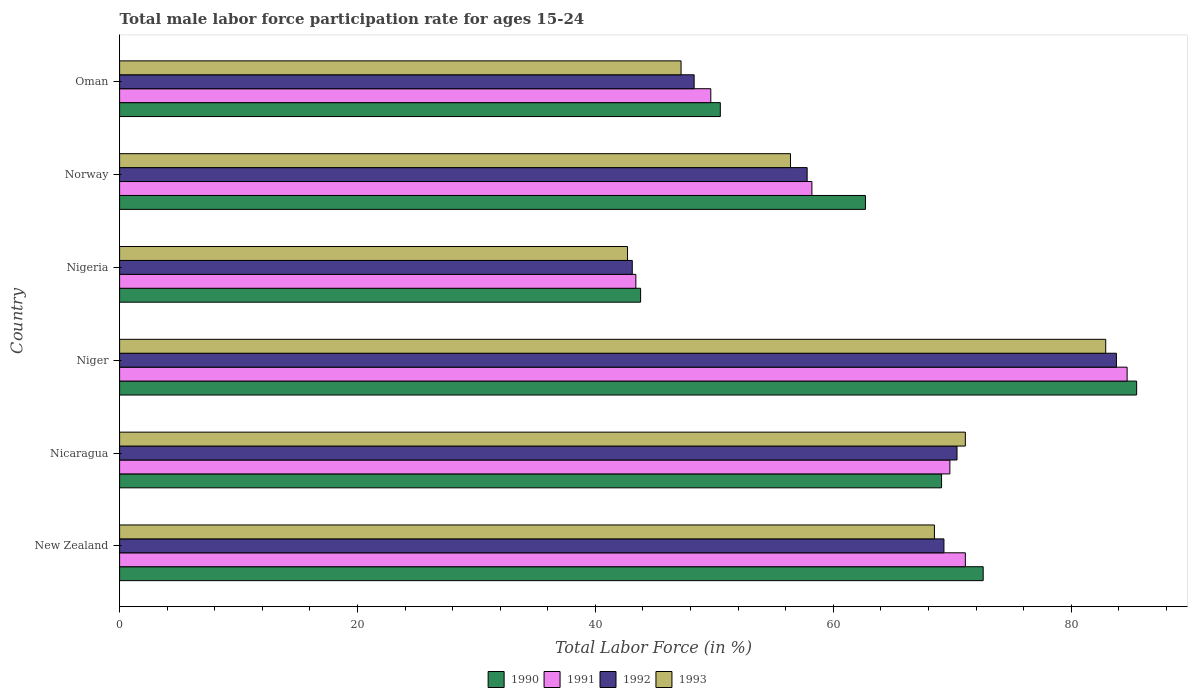
| Country | 1990 | 1991 | 1992 | 1993 |
 | --- | --- | --- | --- | --- |
 | New Zealand | 72.6 | 71.1 | 69.3 | 68.5 |
 | Nicaragua | 69.1 | 69.8 | 70.4 | 71.1 |
 | Niger | 85.5 | 84.7 | 83.8 | 82.9 |
 | Nigeria | 43.8 | 43.4 | 43.1 | 42.7 |
 | Norway | 62.7 | 58.2 | 57.8 | 56.4 |
 | Oman | 50.5 | 49.7 | 48.3 | 47.2 |